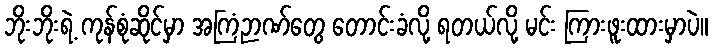
ဘိုးဘိုးရဲ့ ကုန်စုံဆိုင်မှာ အကြံဉာဏ်တွေ တောင်းခံလို့ ရတယ်လို့ မင်း ကြားဖူးထားမှာပဲ။